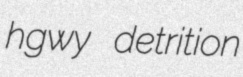
hgwy detrition